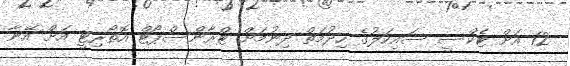
12 އަށް ޓެކްސީ ސައިކަލުގެ ހިދުމަތް ދިނުމަށް ޓްރާންސްޕޯޓް އޮތޯރިޓީ އަށް އޭނާ